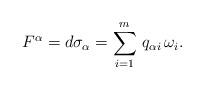
LaTeX: \begin{align*}F^\alpha = d \sigma_{\alpha} = \sum_{i=1}^m \, q_{\alpha i} \,\omega_i. \end{align*}